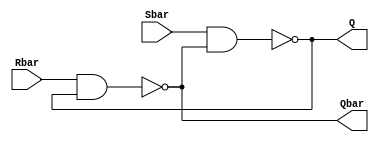
// --------------- SR---------------
// 
module SR_latch(Q, Qbar, Sbar, Rbar);

// 
output Q, Qbar;
input Sbar, Rbar;

// 
nand n1(Q, Sbar, Qbar);
nand n2(Qbar, Rbar, Q);

//
endmodule

// -------------------------------
//
module Top;

// wire, reg
wire q, qbar;
reg set, reset;

//
SR_latch m1(q, qbar, ~set, ~reset);

//
initial
begin
  $monitor($time, " set = %b, reset = %b, q = %b\n", set, reset, q);
  set = 0; reset = 0;
  #5 reset = 1;
  #5 reset = 0;
  #5 set = 1;
 end
 
 //
 endmodule